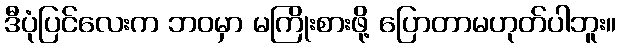
ဒီပုံပြင်လေးက ဘဝမှာ မကြိုးစားဖို့ ပြောတာမဟုတ်ပါဘူး။